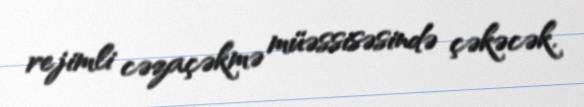
rejimli cəzaçəkmə müəssisəsində çəkəcək.